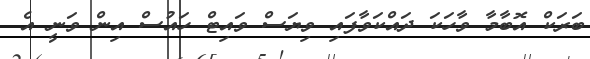
ބަރަކް އޮބާމާ ވާހަކަ ދައްކަވާފައި ވިޔަސް ވައިޓް ހައުސް އިން ވަނީ އެ